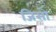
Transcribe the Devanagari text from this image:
जिसो